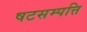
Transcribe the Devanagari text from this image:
षटसम्पत्ति